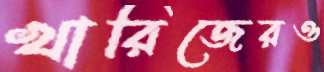
খারিজেরও